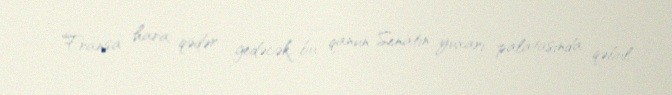
- Fransa hara qədər gedəcək, bu qanun Senatın yuxarı palatasında qəbul